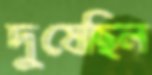
দুষেছিল